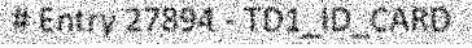
# Entry 27894 - TD1_ID_CARD